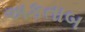
અકતાબ